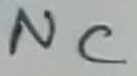
Text: NC